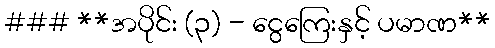
### **အပိုင်း (၃) - ငွေကြေးနှင့် ပမာဏ**